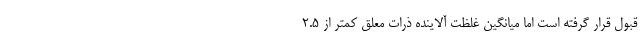
قبول قرار گرفته است اما میانگین غلظت آلاینده ذرات معلق کمتر از ۲.۵